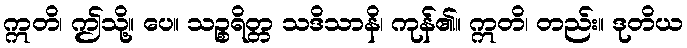
ဣတိ၊ ဤသို့။ ပေ။ သဉ္စရိတ္တ သဒိသာနိ၊ ကုန်၏။ ဣတိ၊ တည်း။ ဒုတိယ